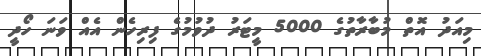
މިއަދު އޮތް މުބާރާތުގެ 5000 މީޓަރު ދުވުމުގެ ފިރިހެން އެއް ވަނަ ހޯދީ